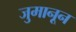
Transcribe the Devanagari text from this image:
जुमानून